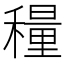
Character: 𬓾